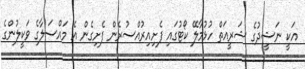
އަކީ ނަޝީދުގެ ޝަރީއަތް ހުޅުމާލޭ ކޯޓުގައި ފެށިއިރުއްސުރެން ފެށިގެން އެ މައްސަލާގެ ވަކީލުންގެ